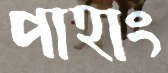
পাহাং